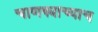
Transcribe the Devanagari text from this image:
चाणक्याच्याच